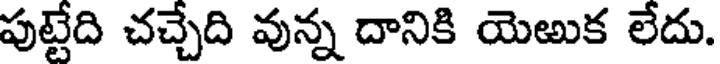
పుట్టేది చచ్చేది వున్న దానికి యెఱుక లేదు.